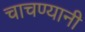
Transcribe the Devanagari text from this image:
चाचण्यानी